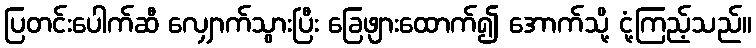
ပြတင်းပေါက်ဆီ လျှောက်သွားပြီး ခြေဖျားထောက်၍ အောက်သို့ ငုံ့ကြည့်သည်။